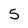
Character: 5